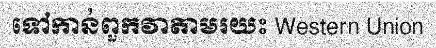
ទៅកាន់ពួកវាតាមរយះ Western Union